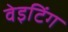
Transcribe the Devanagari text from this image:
वेइटिंग